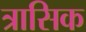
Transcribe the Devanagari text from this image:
त्रासिक